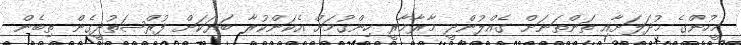
މީހުންގެ މުދަލަށާއި ތަންތަނަށް ގެއްލުންދީ މާރާމާރީ ހިންގުމަށް އެކަންކުރާ ބަޔަކަށް ފުރްޞަތުދީގެން ތިބެން